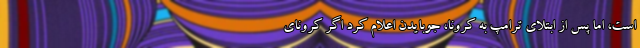
است، اما پس از ابتلای ترامپ به کرونا، جوبایدن اعلام کرد اگر کرونای